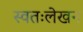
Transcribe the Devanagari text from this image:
स्वतःलेखन